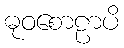
ဓုဝစောဠာပိ